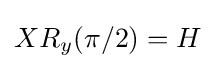
XR_{y}(\pi /2)=H